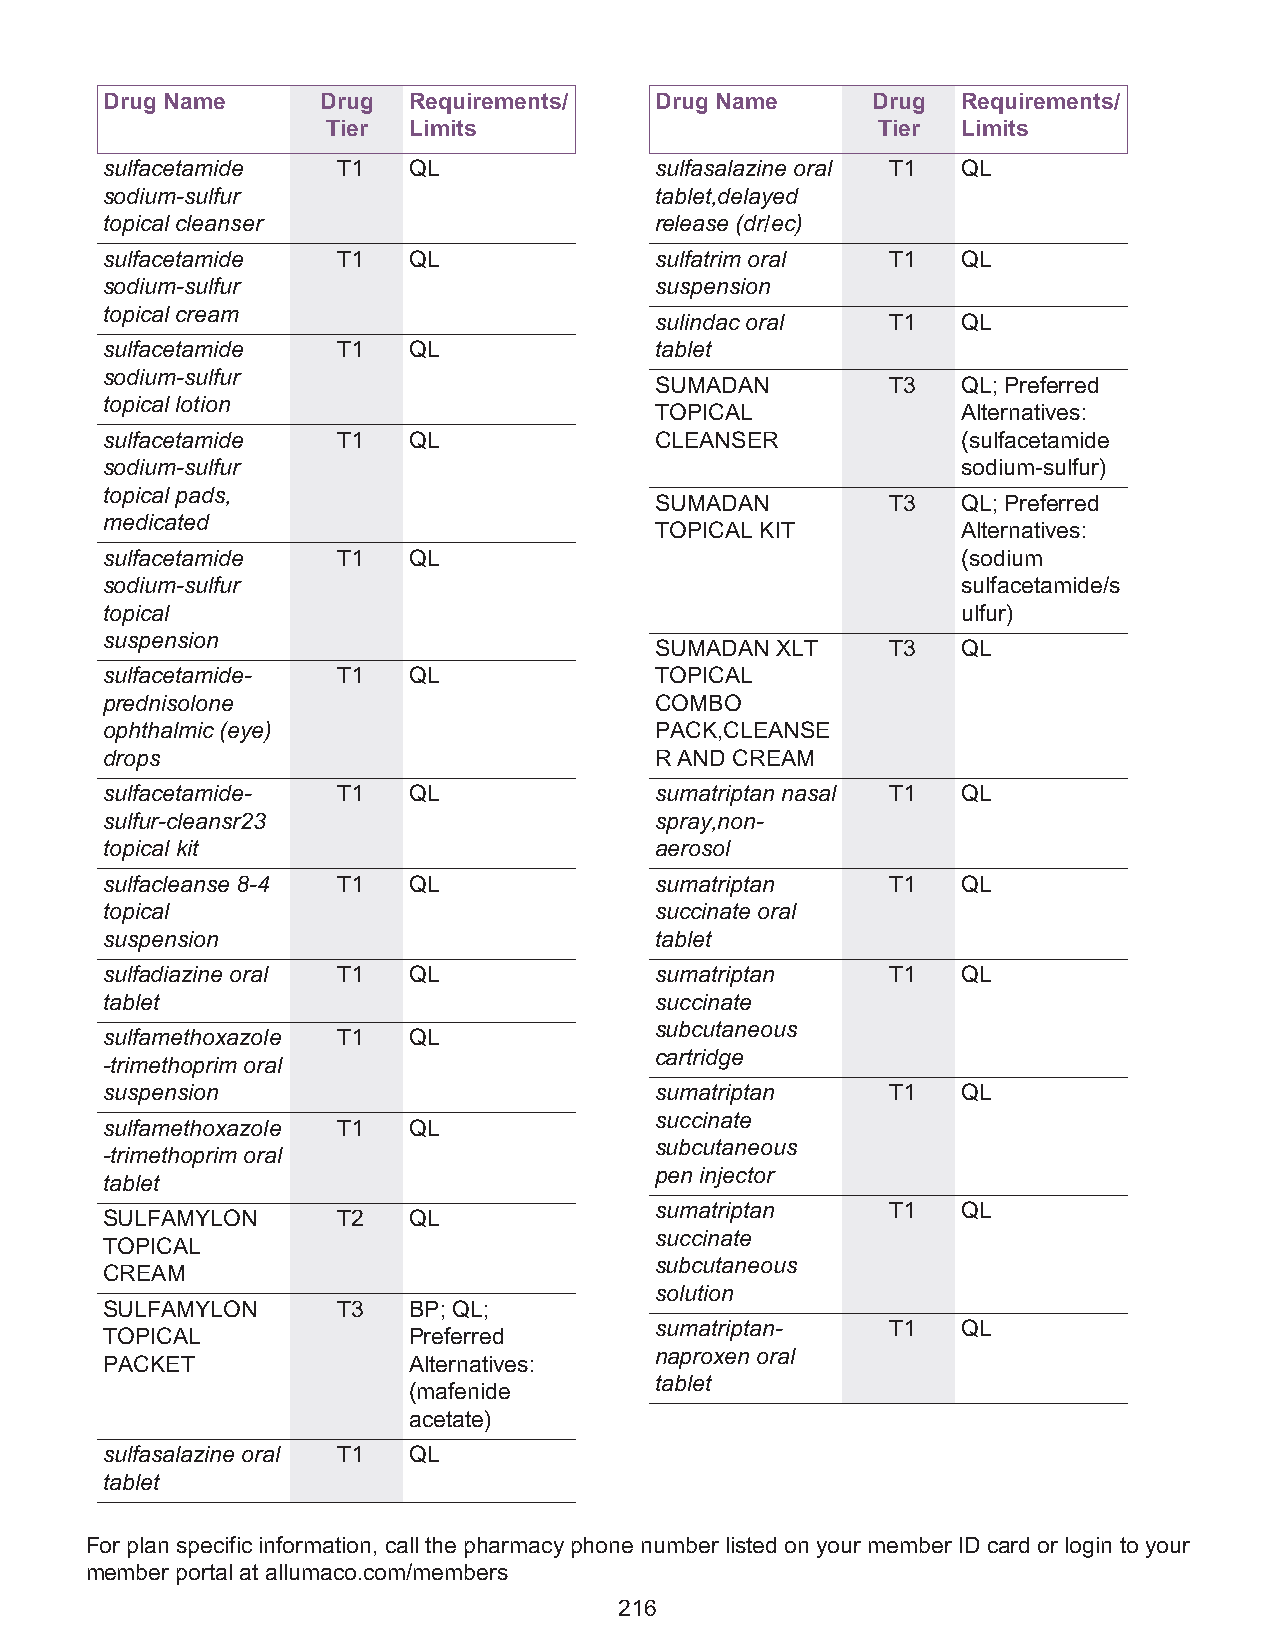
Drug Name     Drug  Requirements/   Drug Name      Drug  Requirements/
 Tier Limits                         Tier  Limits
 sulfacetamide  T1   QL              sulfasalazine oral T1 QL
 sodium-sulfur                       tablet,delayed
 topical cleanser                    release (dr/ec)
 sulfacetamide  T1   QL              sulfatrim oral  T1   QL
 sodium-sulfur                       suspension
 topical cream
 sulindac oral   T1   QL
 sulfacetamide  T1   QL              tablet
 sodium-sulfur
 SUMADAN         T3   QL; Preferred
 topical lotion
 TOPICAL              Alternatives:
 sulfacetamide  T1   QL              CLEANSER             (sulfacetamide
 sodium-sulfur                                            sodium-sulfur)
 topical pads,
 SUMADAN         T3   QL; Preferred
 medicated
 TOPICAL KIT          Alternatives:
 sulfacetamide  T1   QL                                   (sodium
 sodium-sulfur                                            sulfacetamide/s
 topical                                                  ulfur)
 suspension
 SUMADAN XLT     T3   QL
 sulfacetamide- T1   QL              TOPICAL
 prednisolone                        COMBO
 ophthalmic (eye)                    PACK,CLEANSE
 drops                               R AND CREAM
 sulfacetamide- T1   QL              sumatriptan nasal T1 QL
 sulfur-cleansr23                    spray,non-
 topical kit                         aerosol
 sulfacleanse 8-4 T1 QL              sumatriptan     T1   QL
 topical                             succinate oral
 suspension                          tablet
 sulfadiazine oral T1 QL             sumatriptan     T1   QL
 tablet                              succinate
 subcutaneous
 sulfamethoxazole T1 QL
 cartridge
 -trimethoprim oral
 suspension                          sumatriptan     T1   QL
 succinate
 sulfamethoxazole T1 QL
 subcutaneous
 -trimethoprim oral
 pen injector
 tablet
 sumatriptan     T1   QL
 SULFAMYLON     T2   QL
 succinate
 TOPICAL
 subcutaneous
 CREAM
 solution
 SULFAMYLON     T3   BP; QL;
 sumatriptan-    T1   QL
 TOPICAL             Preferred
 naproxen oral
 PACKET              Alternatives:
 tablet
 (mafenide
 acetate)
 sulfasalazine oral T1 QL
 tablet
 For plan specific information, call the pharmacy phone number listed on your member ID card or login to your
 member portal at allumaco.com/members
 216